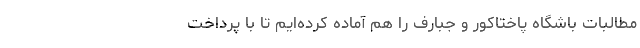
مطالبات باشگاه پاختاکور و جبارف را هم آماده کرده‌ایم تا با پرداخت